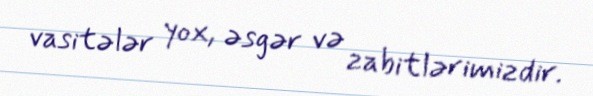
vasitələr yox, əsgər və zabitlərimizdir.